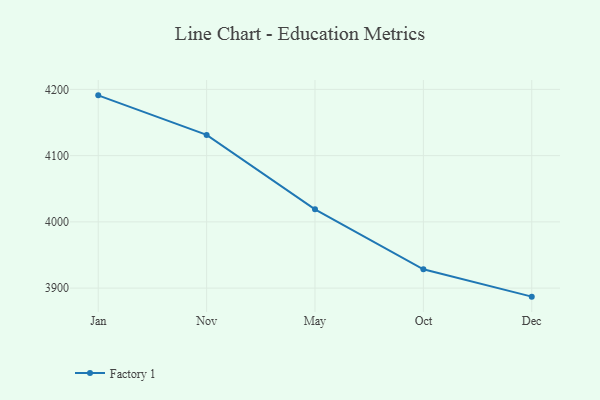
{"axis": {"x": "Month", "y": "LTV (USD)"}, "legend": ["Factory 1"], "data": [{"x": "Jan", "y": 4191.0, "type": "Factory 1"}, {"x": "Nov", "y": 4131.3, "type": "Factory 1"}, {"x": "May", "y": 4019.0, "type": "Factory 1"}, {"x": "Oct", "y": 3928.4, "type": "Factory 1"}, {"x": "Dec", "y": 3887.1, "type": "Factory 1"}]}